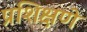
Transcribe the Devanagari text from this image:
प्रशिक्षणे